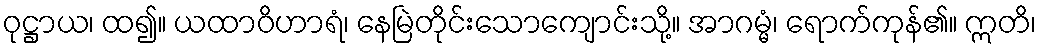
ဝုဋ္ဌာယ၊ ထ၍။ ယထာဝိဟာရံ၊ နေမြဲတိုင်းသောကျောင်းသို့။ အာဂမ္မံ၊ ရောက်ကုန်၏။ ဣတိ၊